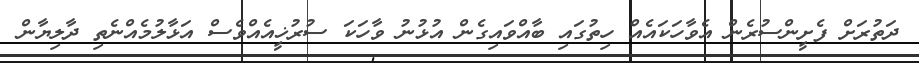
ދަތުރަށް ފެށީންސުރެން އެވާހަކައެއް ހިތުގައި ބާއްވައިގެން އުޅުނު ވާހަކަ ސުރުޚީއެއްވެސް އަޅާލުމެއްނެތި ދާލިޔާން